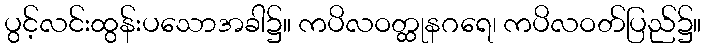
ပွင့်လင်းထွန်းပသောအခါ၌။ ကပိလဝတ္ထုနဂရေ၊ ကပိလဝတ်ပြည်၌။